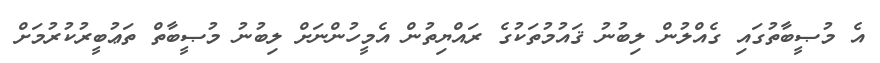
އެ މުޞީބާތުގައި ގެއްލުން ލިބުނު ޤައުމުތަކުގެ ރައްޔިތުން އެމީހުންނަށް ލިބުނު މުޞީބާތް ތަޢުބީރުކުރުމަށް